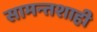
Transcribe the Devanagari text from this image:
सामन्‍तशाही